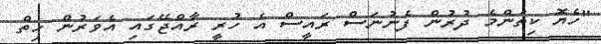
"ހެޔޮ ކިތަންމެ ދުރުން ފެނުނަސް ރައީސް އެ ހުރީ ރާއްޖޭގައި އެވަރުން ހިތް